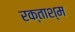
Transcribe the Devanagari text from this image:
रक्ताश्म